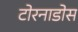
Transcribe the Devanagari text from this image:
टोरनाडोस